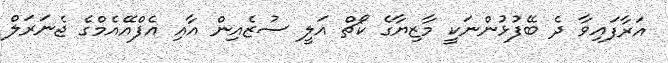
އަރާފައިވާ ދެ ބޭފުޅުންނަކީ މާޒިޔާގެ ކޯޗް އަލީ ސުޒެއިން އާއި އެފްއޭއެމްގެ ޖެނަރަލް